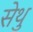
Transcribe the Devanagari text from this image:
सेथु